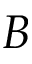
B